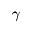
\gamma